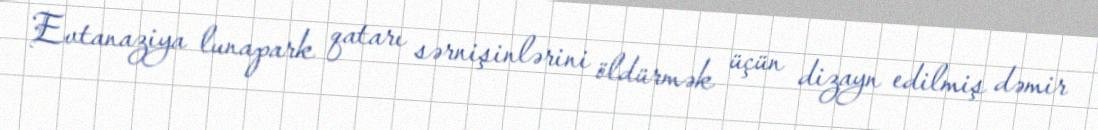
Evtanaziya lunapark qatarı sərnişinlərini öldürmək üçün dizayn edilmiş dəmir